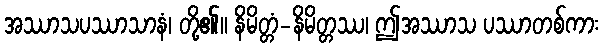
အဿာသပဿာသာနံ၊ တို့၏။ နိမိတ္တံ-နိမိတ္တဿ၊ ဤအဿာသ ပဿာတစ်ကား